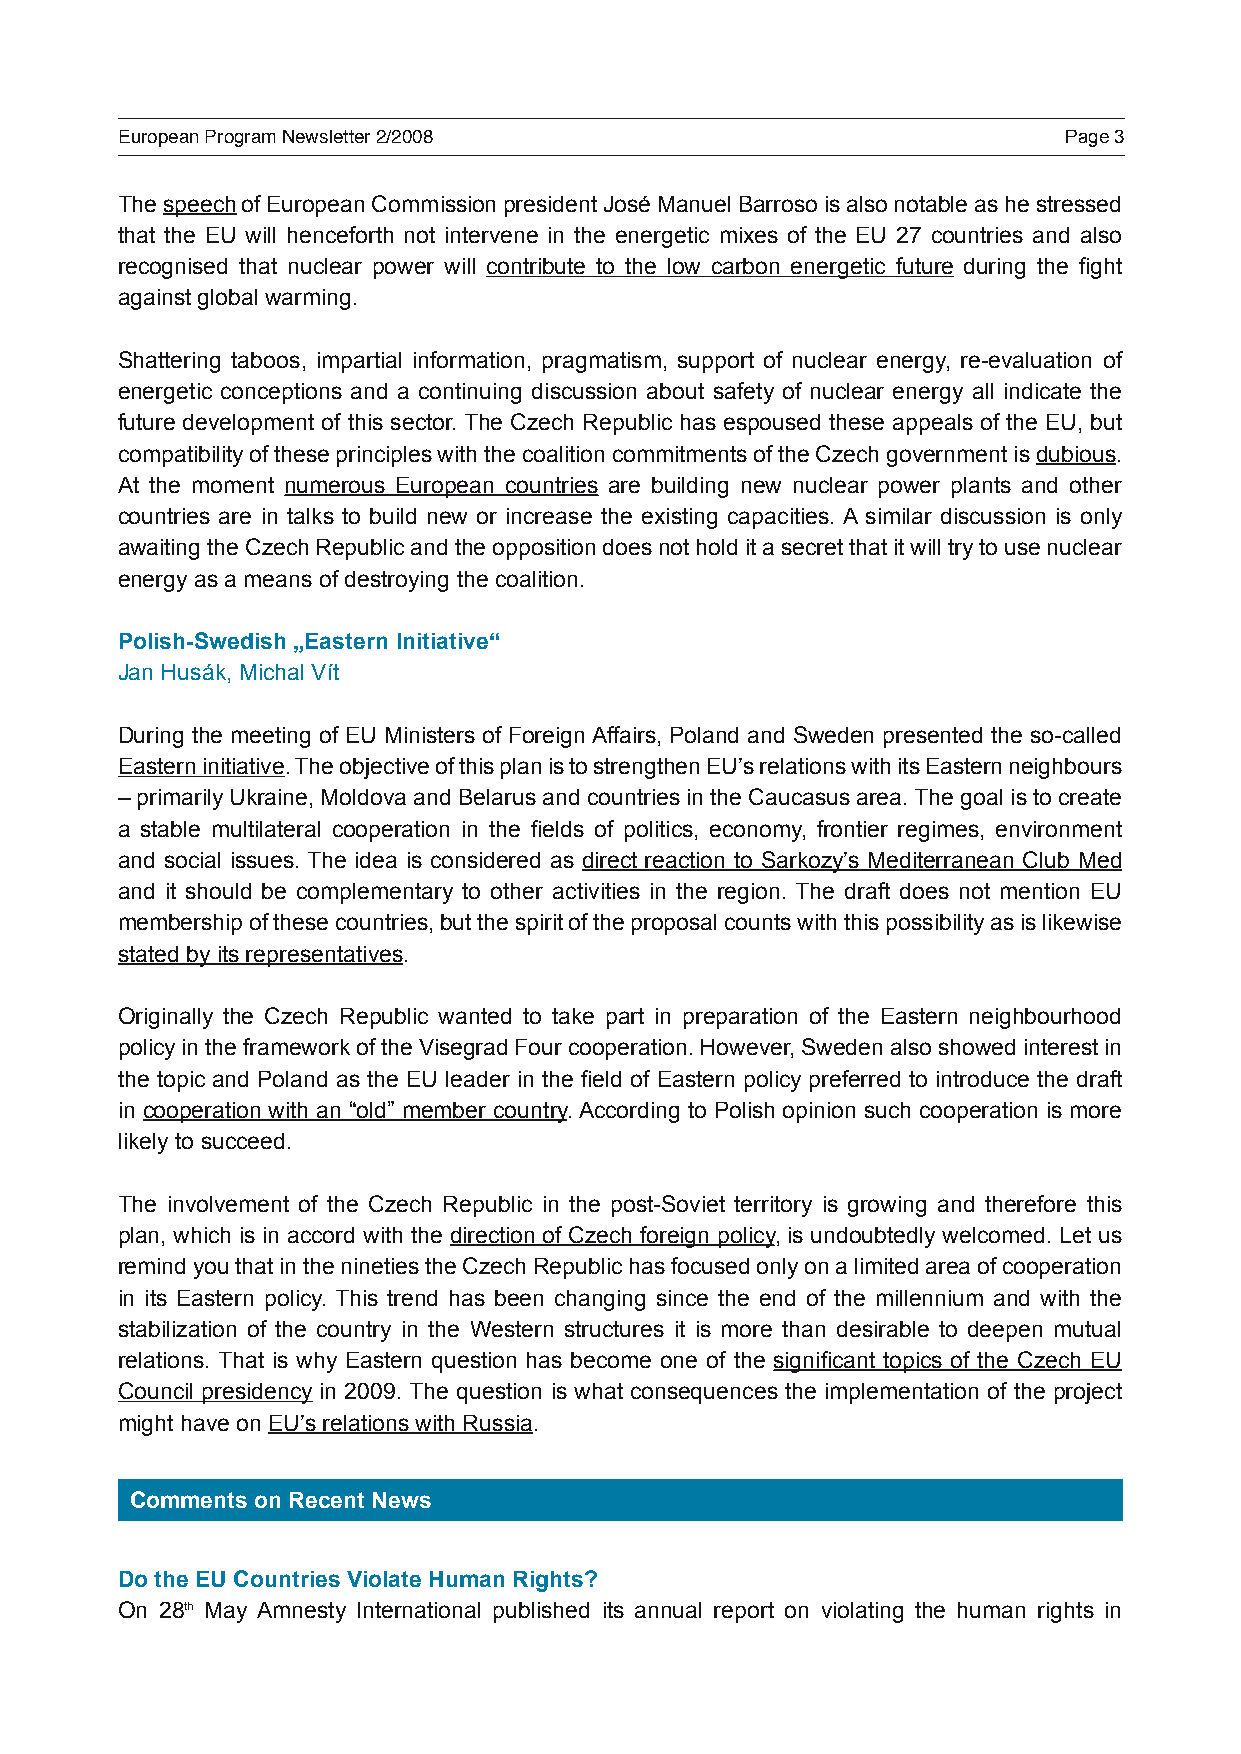
European Program Newsletter 2/2008                            Page 3
 The speech of European Commission president José Manuel Barroso is also notable as he stressed
 that the EU will henceforth not intervene in the energetic mixes of the EU 27 countries and also
 recognised that nuclear power will contribute to the low carbon energetic future during the fight
 against global warming.
 Shattering taboos, impartial information, pragmatism, support of nuclear energy, re-evaluation of
 energetic conceptions and a continuing discussion about safety of nuclear energy all indicate the
 future development of this sector. The Czech Republic has espoused these appeals of the EU, but
 compatibility of these principles with the coalition commitments of the Czech government is dubious.
 At the moment numerous European countries are building new nuclear power plants and other
 countries are in talks to build new or increase the existing capacities. A similar discussion is only
 awaiting the Czech Republic and the opposition does not hold it a secret that it will try to use nuclear
 energy as a means of destroying the coalition.
 Polish-Swedish „Eastern Initiative“
 Jan Husák, Michal Vít
 During the meeting of EU Ministers of Foreign Affairs, Poland and Sweden presented the so-called
 Eastern initiative. The objective of this plan is to strengthen EU’s relations with its Eastern neighbours
 – primarily Ukraine, Moldova and Belarus and countries in the Caucasus area. The goal is to create
 a stable multilateral cooperation in the fields of politics, economy, frontier regimes, environment
 and social issues. The idea is considered as direct reaction to Sarkozy’s Mediterranean Club Med
 and it should be complementary to other activities in the region. The draft does not mention EU
 membership of these countries, but the spirit of the proposal counts with this possibility as is likewise
 stated by its representatives.
 Originally the Czech Republic wanted to take part in preparation of the Eastern neighbourhood
 policy in the framework of the Visegrad Four cooperation. However, Sweden also showed interest in
 the topic and Poland as the EU leader in the field of Eastern policy preferred to introduce the draft
 in cooperation with an “old” member country. According to Polish opinion such cooperation is more
 likely to succeed.
 The involvement of the Czech Republic in the post-Soviet territory is growing and therefore this
 plan, which is in accord with the direction of Czech foreign policy, is undoubtedly welcomed. Let us
 remind you that in the nineties the Czech Republic has focused only on a limited area of cooperation
 in its Eastern policy. This trend has been changing since the end of the millennium and with the
 stabilization of the country in the Western structures it is more than desirable to deepen mutual
 relations. That is why Eastern question has become one of the significant topics of the Czech EU
 Council presidency in 2009. The question is what consequences the implementation of the project
 might have on EU’s relations with Russia.
 Comments on Recent News
 Do the EU Countries Violate Human Rights?
 On 28th May Amnesty International published its annual report on violating the human rights in